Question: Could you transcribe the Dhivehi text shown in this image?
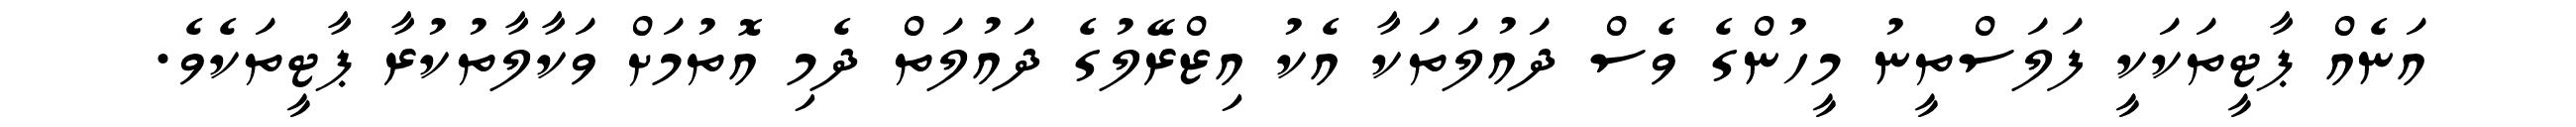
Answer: އަނެއް ޕާޓީތަކަކީ ފަލަސްތީނު މީހުންގެ ވެސް ދައުލަތަކާ އެކު އިޒްރޭލުގެ ދައުލަތް ދެމި އޮތުމަށް ވަކާލާތުކުރާ ޕާޓީތަކެވެ.